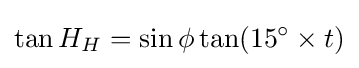
\tan H_{H}=\sin \phi \tan(15^{\circ }\times t)